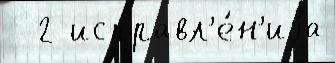
  2 исправл'е́н'иjа